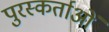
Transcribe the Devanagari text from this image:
पुरस्कर्ताओं